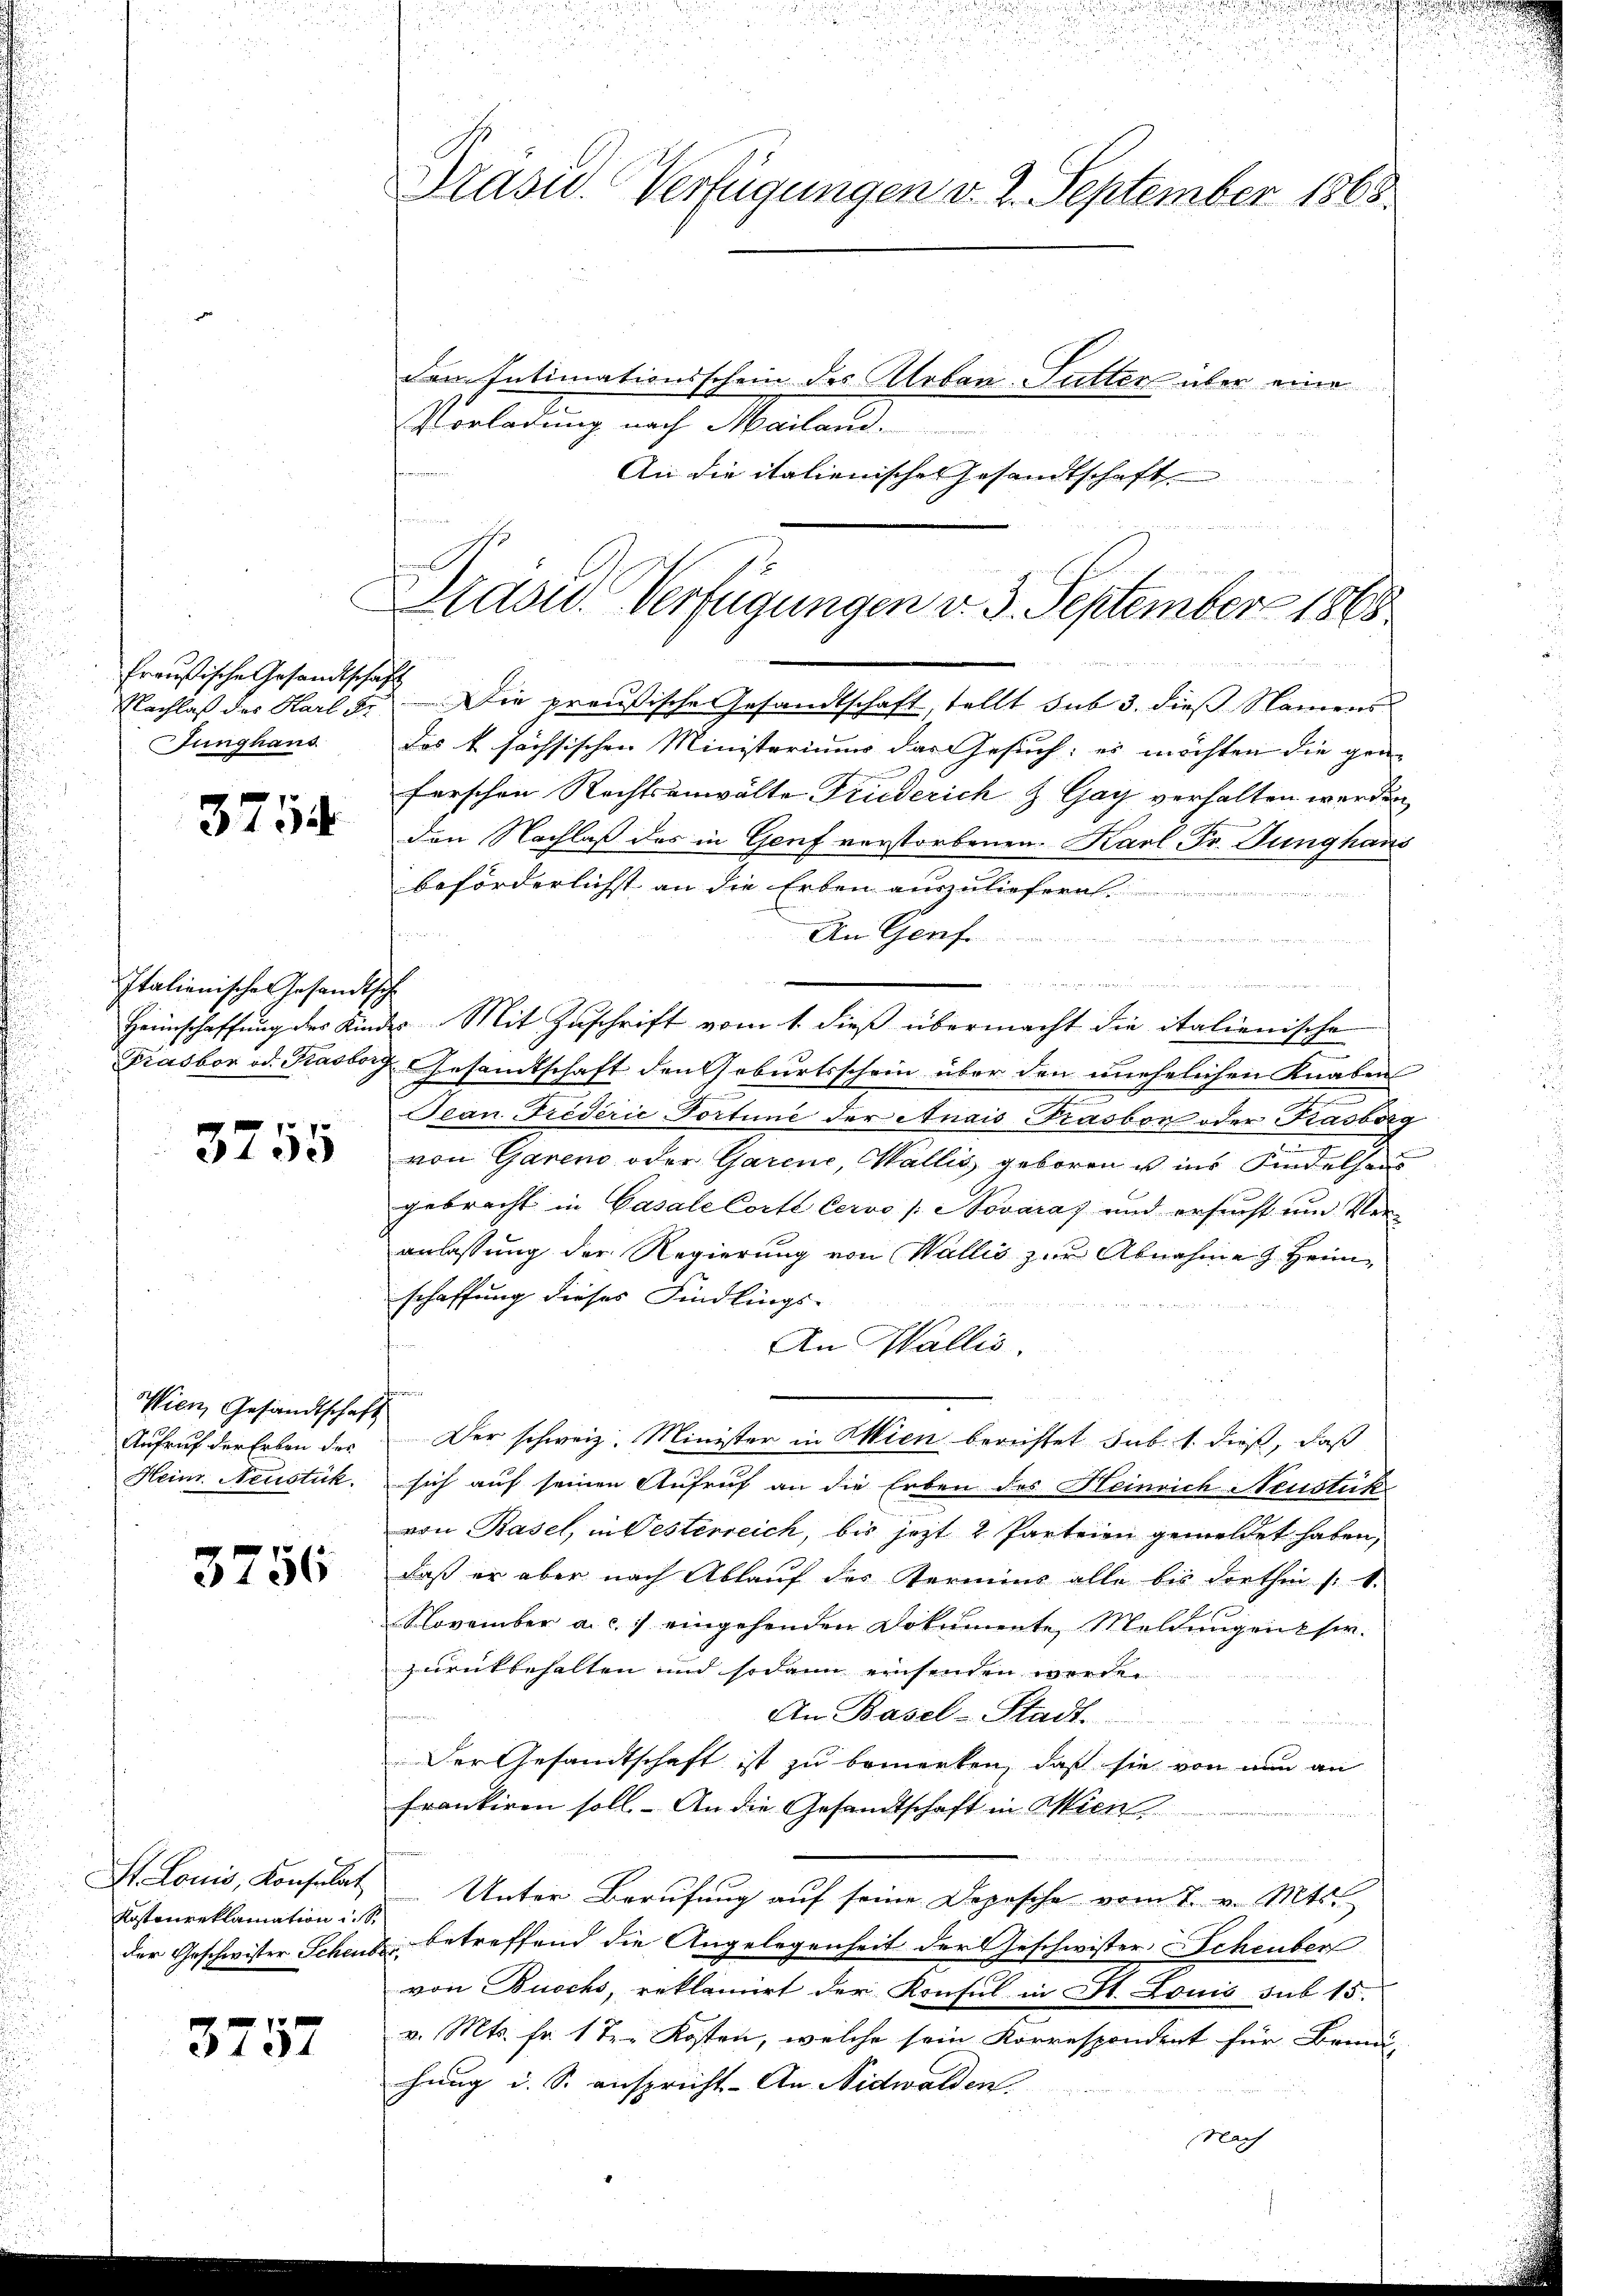
Preußische Gesandtschaft
Nachlaß des Karl Fr
unghaus

3754

Italienische Gesandtsch

3755

Wien, Gesandtschaft
Aufruf der Erben der
Heim Neustück.

3756

Kostenreklamation i. S.

3757

dem Intimationsschein des Aloban-Futters über eine
Vorladung nach Mailand.
An die italienisches Gesandtschaft

Adon. Verfügungen d. 3. September 1868

Die preußische Gesandtschaft, stellt sub 3. dieß Namens
Das k sächsischen Ministeriums das Gesuch: es möchten die gen-
h
ferschen Rechtsanwälte Friederich & Gay verhalten werden
den Nachlaß des in Genf verstorbenen Karl Fr. Junghaus
beförderlichst an die Erben auszuliefern.
An Genf
en
Heimschaffung des Kinde Mit Zuschrift vom 1. dieß übermacht die italienische
Grasbor od. Kasborg Gesamtschaft den Geburtsschein über den unehelichen Knaben
Jean Frederie-Portune der Anais Trasbor oder Kasberg
von Gareno oder Garine, Wallis geboren u in Kindelsens
gebracht in Gasale Corte Cervo (Novaras und ersucht um Ver
anlassung der Regierung von Wallis zur Abnahme Heimschaffung dieses Findlings-

An Wallis.
fo
Der schweiz. Minister in Wien berichtet sub. 1. dieß, daß
sich auf seinen Aufruf an die Erben des Heinrich Neustük
von Basel, in Westerreich, bis jezt 2 Parteien gemeldet haben,
daß er aber nach Ablauf des Termins alle bis dorthin /: 1.
November a. c. eingehenden Dokumente Meldungen her.
zurückbehalten und sodann einsenden werden
An Basel-Stadt.
Der Gesandtschaft ist zu bemerken, daß sie von nun an
frankiren soll. An die Gesandtschaft in Wien
dee er stehenden ist nicht derseit werde
St. Louis, Konsulat Unter Berufung auf seine Depesche vom 7. v. Mts.
der Geschwister Schens betreffend die Angelegenheit der Geschwister Scheuber
von Buochs, reklamirt der Konsul in St. Louis sub 15.
v. Mts. fr. 1 t. Kosten, welche sein Korrespondent für Brunn,
chung d. S. anspricht. An Nidwalden.
Nach

Präsid. Verfügungen v. 2. September 1865.